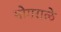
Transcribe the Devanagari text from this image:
मोगराळे